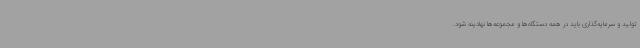
تولید و سرمایه‌گذاری باید در همه دستگاه‌ها و مجموعه‌ها نهادینه شود.